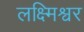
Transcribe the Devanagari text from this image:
लक्ष्मिश्वर